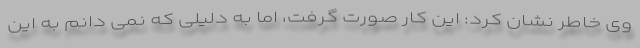
وی خاطر نشان کرد: این کار صورت گرفت، اما به دلیلی که نمی دانم به این